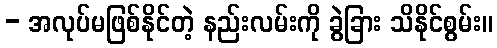
- အလုပ်မဖြစ်နိုင်တဲ့ နည်းလမ်းကို ခွဲခြား သိနိုင်စွမ်း။